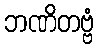
ဘဏိတဗ္ဗံ